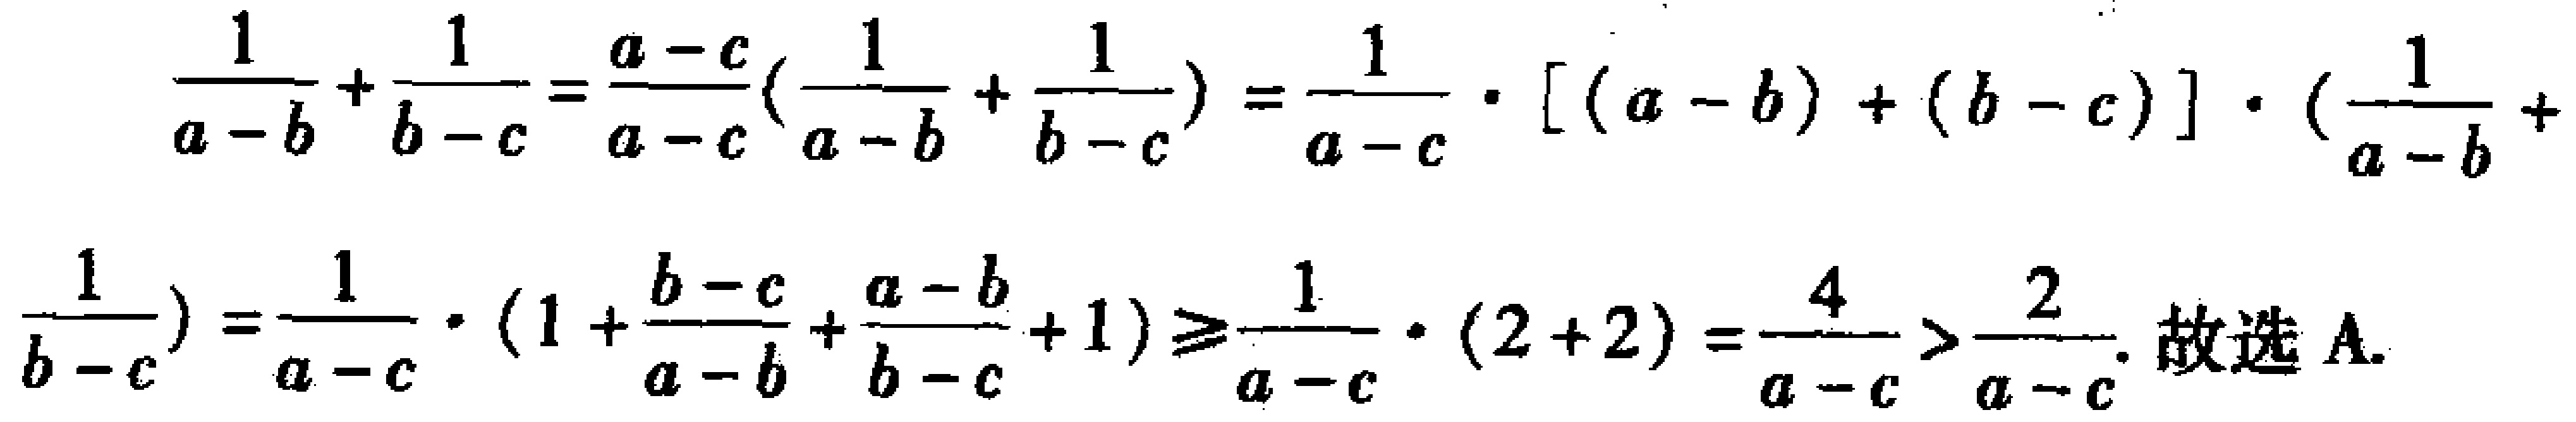
\[\frac{1}{a - b}+\frac{1}{b - c}=\frac{a - c}{a - c}(\frac{1}{a - b}+\frac{1}{b - c})=\frac{1}{a - c}\cdot[(a - b)+(b - c)]\cdot(\frac{1}{a - b}+\frac{1}{b - c})=\frac{1}{a - c}\cdot(1+\frac{b - c}{a - b}+\frac{a - b}{b - c}+1)\geqslant\frac{1}{a - c}\cdot(2 + 2)=\frac{4}{a - c}>\frac{2}{a - c}.\text{ 故选A}\]